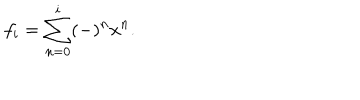
f _ { i } = \sum _ { n = 0 } ^ { i } ( - ) ^ { n } x ^ { n } .